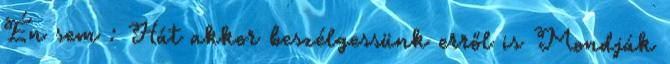
Én sem : Hát akkor beszélgessünk erről is Mondják